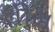
વીમ